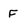
Character: F